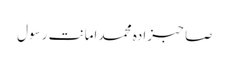
صاحبزادہ محمد امانت رسول